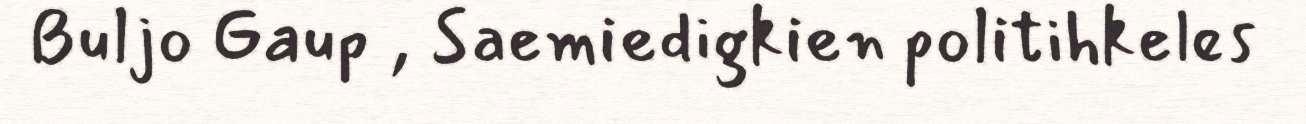
Buljo Gaup , Saemiedigkien politihkeles